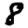
Digit: 8